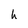
Character: h